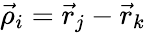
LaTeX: \vec{\rho}_{i}=\vec{r}_{j}-\vec{r}_{k}